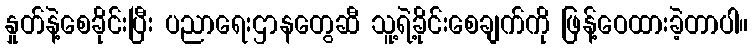
နှုတ်နဲ့စေခိုင်းပြီး ပညာရေးဌာနတွေဆီ သူ့ရဲ့ခိုင်းစေချက်ကို ဖြန့်ဝေထားခဲ့တာပါ။